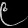
Digit: ၉